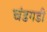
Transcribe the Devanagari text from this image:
चंडगडी